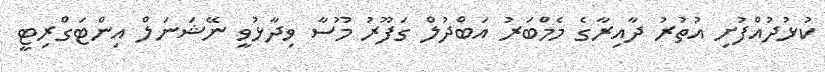
ކުޅުދުއްފުށި އުތުރު ދާއިރާގެ މެމްބަރު އަބްދުލް ގަފޫރު މޫސާ ވިދާޅުވީ ނޭޝަނަލް އިންޓަގްރިޓީ